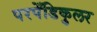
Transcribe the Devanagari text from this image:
परपेँडिकुलर